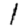
Digit: 1